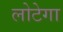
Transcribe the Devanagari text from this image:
लोटेगा